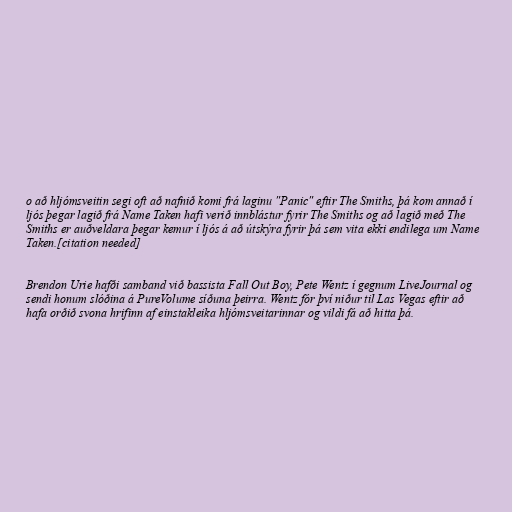
o að hljómsveitin segi oft að nafnið komi frá laginu "Panic" eftir The Smiths, þá kom annað í
ljós þegar lagið frá Name Taken hafi verið innblástur fyrir The Smiths og að lagið með The
Smiths er auðveldara þegar kemur í ljós á að útskýra fyrir þá sem vita ekki endilega um Name
Taken.[citation needed]

Brendon Urie hafði samband við bassista Fall Out Boy, Pete Wentz í gegnum LiveJournal og
sendi honum slóðina á PureVolume síðuna þeirra. Wentz fór því niður til Las Vegas eftir að
hafa orðið svona hrifinn af einstakleika hljómsveitarinnar og vildi fá að hitta þá.